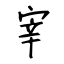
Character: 宰